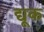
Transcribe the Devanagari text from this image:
द्यूक